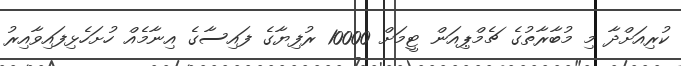
ކުރިއަށްދާ މި މުބާރާތުގެ ޗެމްޕިއަން ޓީމަށް 10000 ރުފިޔާގެ ފައިސާގެ އިނާމެއް ހުށަހެޅިފައިވާއިރު